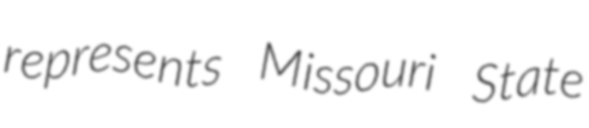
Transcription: represents Missouri State